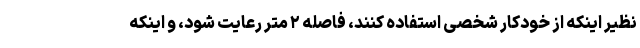
نظیر اینکه از خودکار شخصی استفاده کنند، فاصله ۲ متر رعایت شود، و اینکه